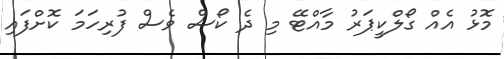
މޮޅު އެއް ގޯލްކީޕަރު މާއްޓޭ މި ދެ ކޯސް ވެސް ފުރިހަމަ ކޮށްފައި